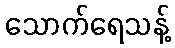
သောက်ရေသန့်